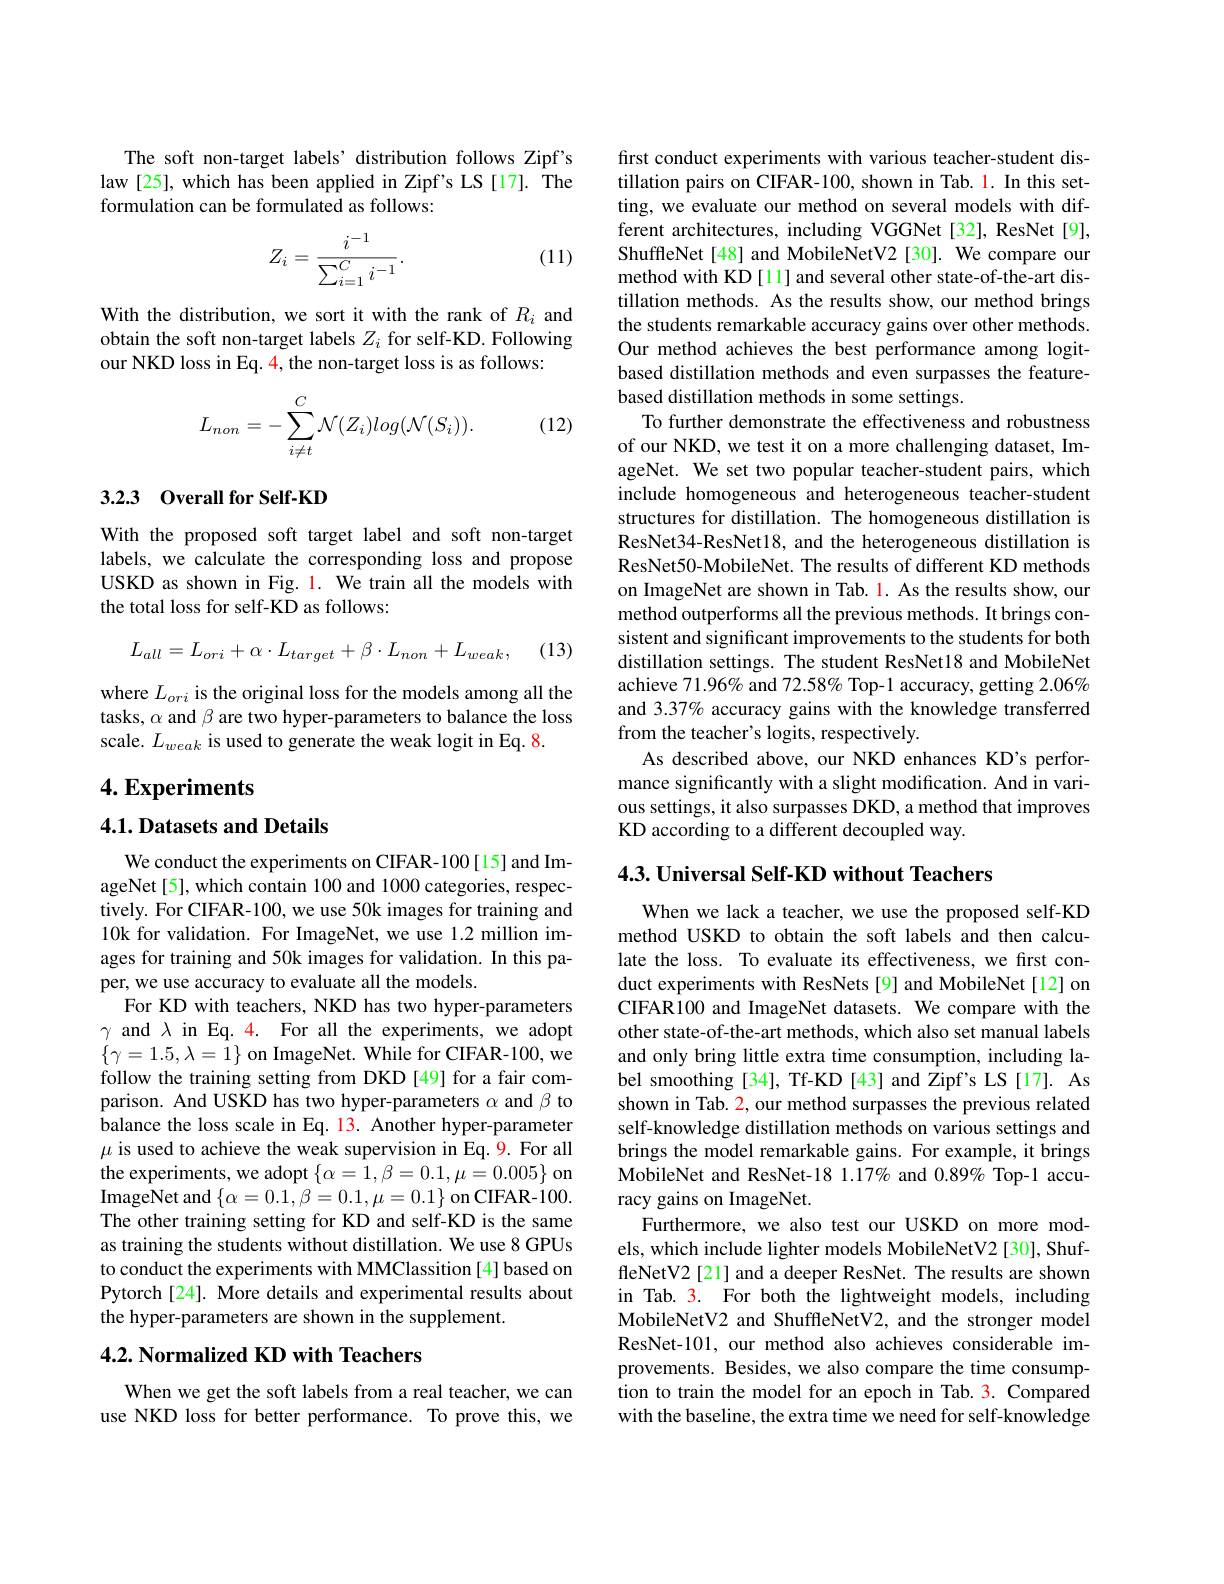
The soft non-target labels' distribution follows Zipf's law [25], which has been applied in Zipf's LS [17]. The formulation can be formulated as follows:

(11)
$$Z_i=\frac{i^{-1}}{\sum_{i=1}^Ci^{-1}}.$$
With the distribution, we sort it with the rank of $R_i$ and obtain the soft non-target labels $Z_i$ for self-KD. Following our NKD loss in Eq. 4, the non-target loss is as follows:

(12)
$$L_{non}=-\sum\limits_{i\neq t}^{C}\mathcal{N}(Z_{i})log(\mathcal{N}(S_{i})).$$
## 3.2.3 Overall for Self-KD

With the proposed soft target label and soft non-target labels, we calculate the corresponding loss and propose USKD as shown in Fig. 1. We train all the models with the total loss for self-KD as follows:
$$L_{all}=L_{ori}+\alpha\cdot L_{target}+\beta\cdot L_{non}+L_{weak},$$
(13)

where $L_ori$ is the original loss for the models among all the tasks, $\alpha$ and $\beta$ are two hyper-parameters to balance the loss scale. $L_weak$ is used to generate the weak logit in Eq. 8.

## $4. \textbf{Experiments}$

4.1. Datasets and Details

We conduct the experiments on CIFAR-100[15] and ImageNet[5], which contain 100 and 1000 categories, respectively. For CIFAR-100, we use 50k images for training and 10k for validation. For ImageNet, we use 1.2 million images for training and 50k images for validation. In this paper, we use accuracy to evaluate all the models.
For KD with teachers, NKD has two hyper-parameters $\gamma$ and $\lambda$ in Eq. 4. For all the experiments, we adopt $\{\gamma=1.5,\lambda=1\}$ on ImageNet. While for CIFAR-100, we follow the training setting from DKD [49] for a fair comparison. And USKD has two hyper-parameters $\alpha$ and $\beta$ to balance the loss scale in Eq. 13. Another hyper-parameter $\mu$ is used to achieve the weak supervision in Eq.9. For all the experiments, we adopt $\{\alpha=1,\beta=0.1,\mu=0.005\}$ on ImageNet and $\{\alpha=0.1,\beta=0.1,\mu=0.1\}$ on CIFAR-100. The other training setting for KD and self-KD is the same as training the students without distillation. We use 8 GPUs to conduct the experiments with MMClassition [4] based on Pytorch[24]. More details and experimental results about the hyper-parameters are shown in the supplement.

## $4. 2. \textbf{ Normalized KD with Teachers}$

When we get the soft labels from a real teacher, we can use NKD loss for better performance. To prove this, we

first conduct experiments with various teacher-student distillation pairs on CIFAR-100, shown in Tab. 1. In this setting, we evaluate our method on several models with different architectures, including VGGNet[32], ResNet[9], ShuffleNet [48] and MobileNetV2 [30]. We compare our method with KD [11] and several other state-of-the-art distillation methods. As the results show, our method brings the students remarkable accuracy gains over other methods. Our method achieves the best performance among logitbased distillation methods and even surpasses the featurebased distillation methods in some settings.
To further demonstrate the effectiveness and robustness of our NKD, we test it on a more challenging dataset, ImageNet. We set two popular teacher-student pairs, which include homogeneous and heterogeneous teacher-student structures for distillation. The homogeneous distillation is ResNet34-ResNet18, and the heterogeneous distillation is ResNet50-MobileNet. The results of different KD methods on ImageNet are shown in Tab. l. As the results show, our method outperforms all the previous methods. It brings consistent and significant improvements to the students for both distillation settings. The student ResNet18 and MobileNet achieve 71.96% and 72.58% Top-1 accuracy, getting 2.06% and 3.37% accuracy gains with the knowledge transferred from the teacher's logits, respectively.
As described above, our NKD enhances KD's performance significantly with a slight modification. And in various settings, it also surpasses DKD, a method that improves KD according to a different decoupled way.

4.3. Universal Self-KD without Teachers

When we lack a teacher, we use the proposed self-KD method USKD to obtain the soft labels and then calculate the loss. To evaluate its effectiveness, we first conduct experiments with ResNets[9] and MobileNet[12] on CIFAR100 and ImageNet datasets. We compare with the other state-of-the-art methods, which also set manual labels and only bring little extra time consumption, including label smoothing [34], Tf-KD [43] and $\hat{\text{Zipf's LS[17]. As}}$ shown in Tab. 2, our method surpasses the previous related self-knowledge distillation methods on various settings and brings the model remarkable gains. For example, it brings MobileNet and ResNet-18 1.17% and $0.89\%$ Top-1 accuracy gains on ImageNet.
Furthermore, we also test our USKD on more models, which include lighter models MobileNetV2 [30], ShuffleNetV2 [21] and a deeper ResNet. The results are shown in Tab. 3. For both the lightweight models, including MobileNetV2 and ShuffleNetV2, and the stronger model ResNet-101, our method also achieves considerable improvements. Besides, we also compare the time consumption to train the model for an epoch in Tab. 3. Compared with the baseline, the extra time we need for self-knowledge